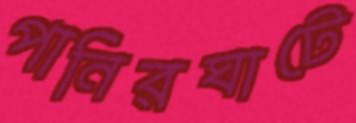
পানিরঘাটে